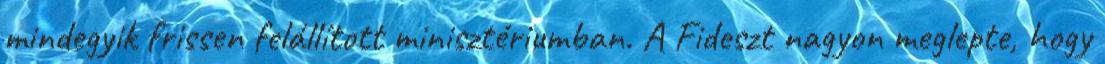
mindegyik frissen felállított minisztériumban. A Fi­deszt nagyon meglepte, hogy